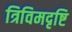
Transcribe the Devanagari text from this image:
त्रिविमदृष्टि